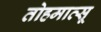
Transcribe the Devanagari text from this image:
तोहमात्सू